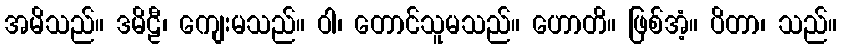
အမိသည်။ ဒမိဠီ၊ ကျေးမသည်။ ဝါ၊ တောင်သူမသည်။ ဟောတိ။ ဖြစ်အံ့။ ပိတာ၊ သည်။